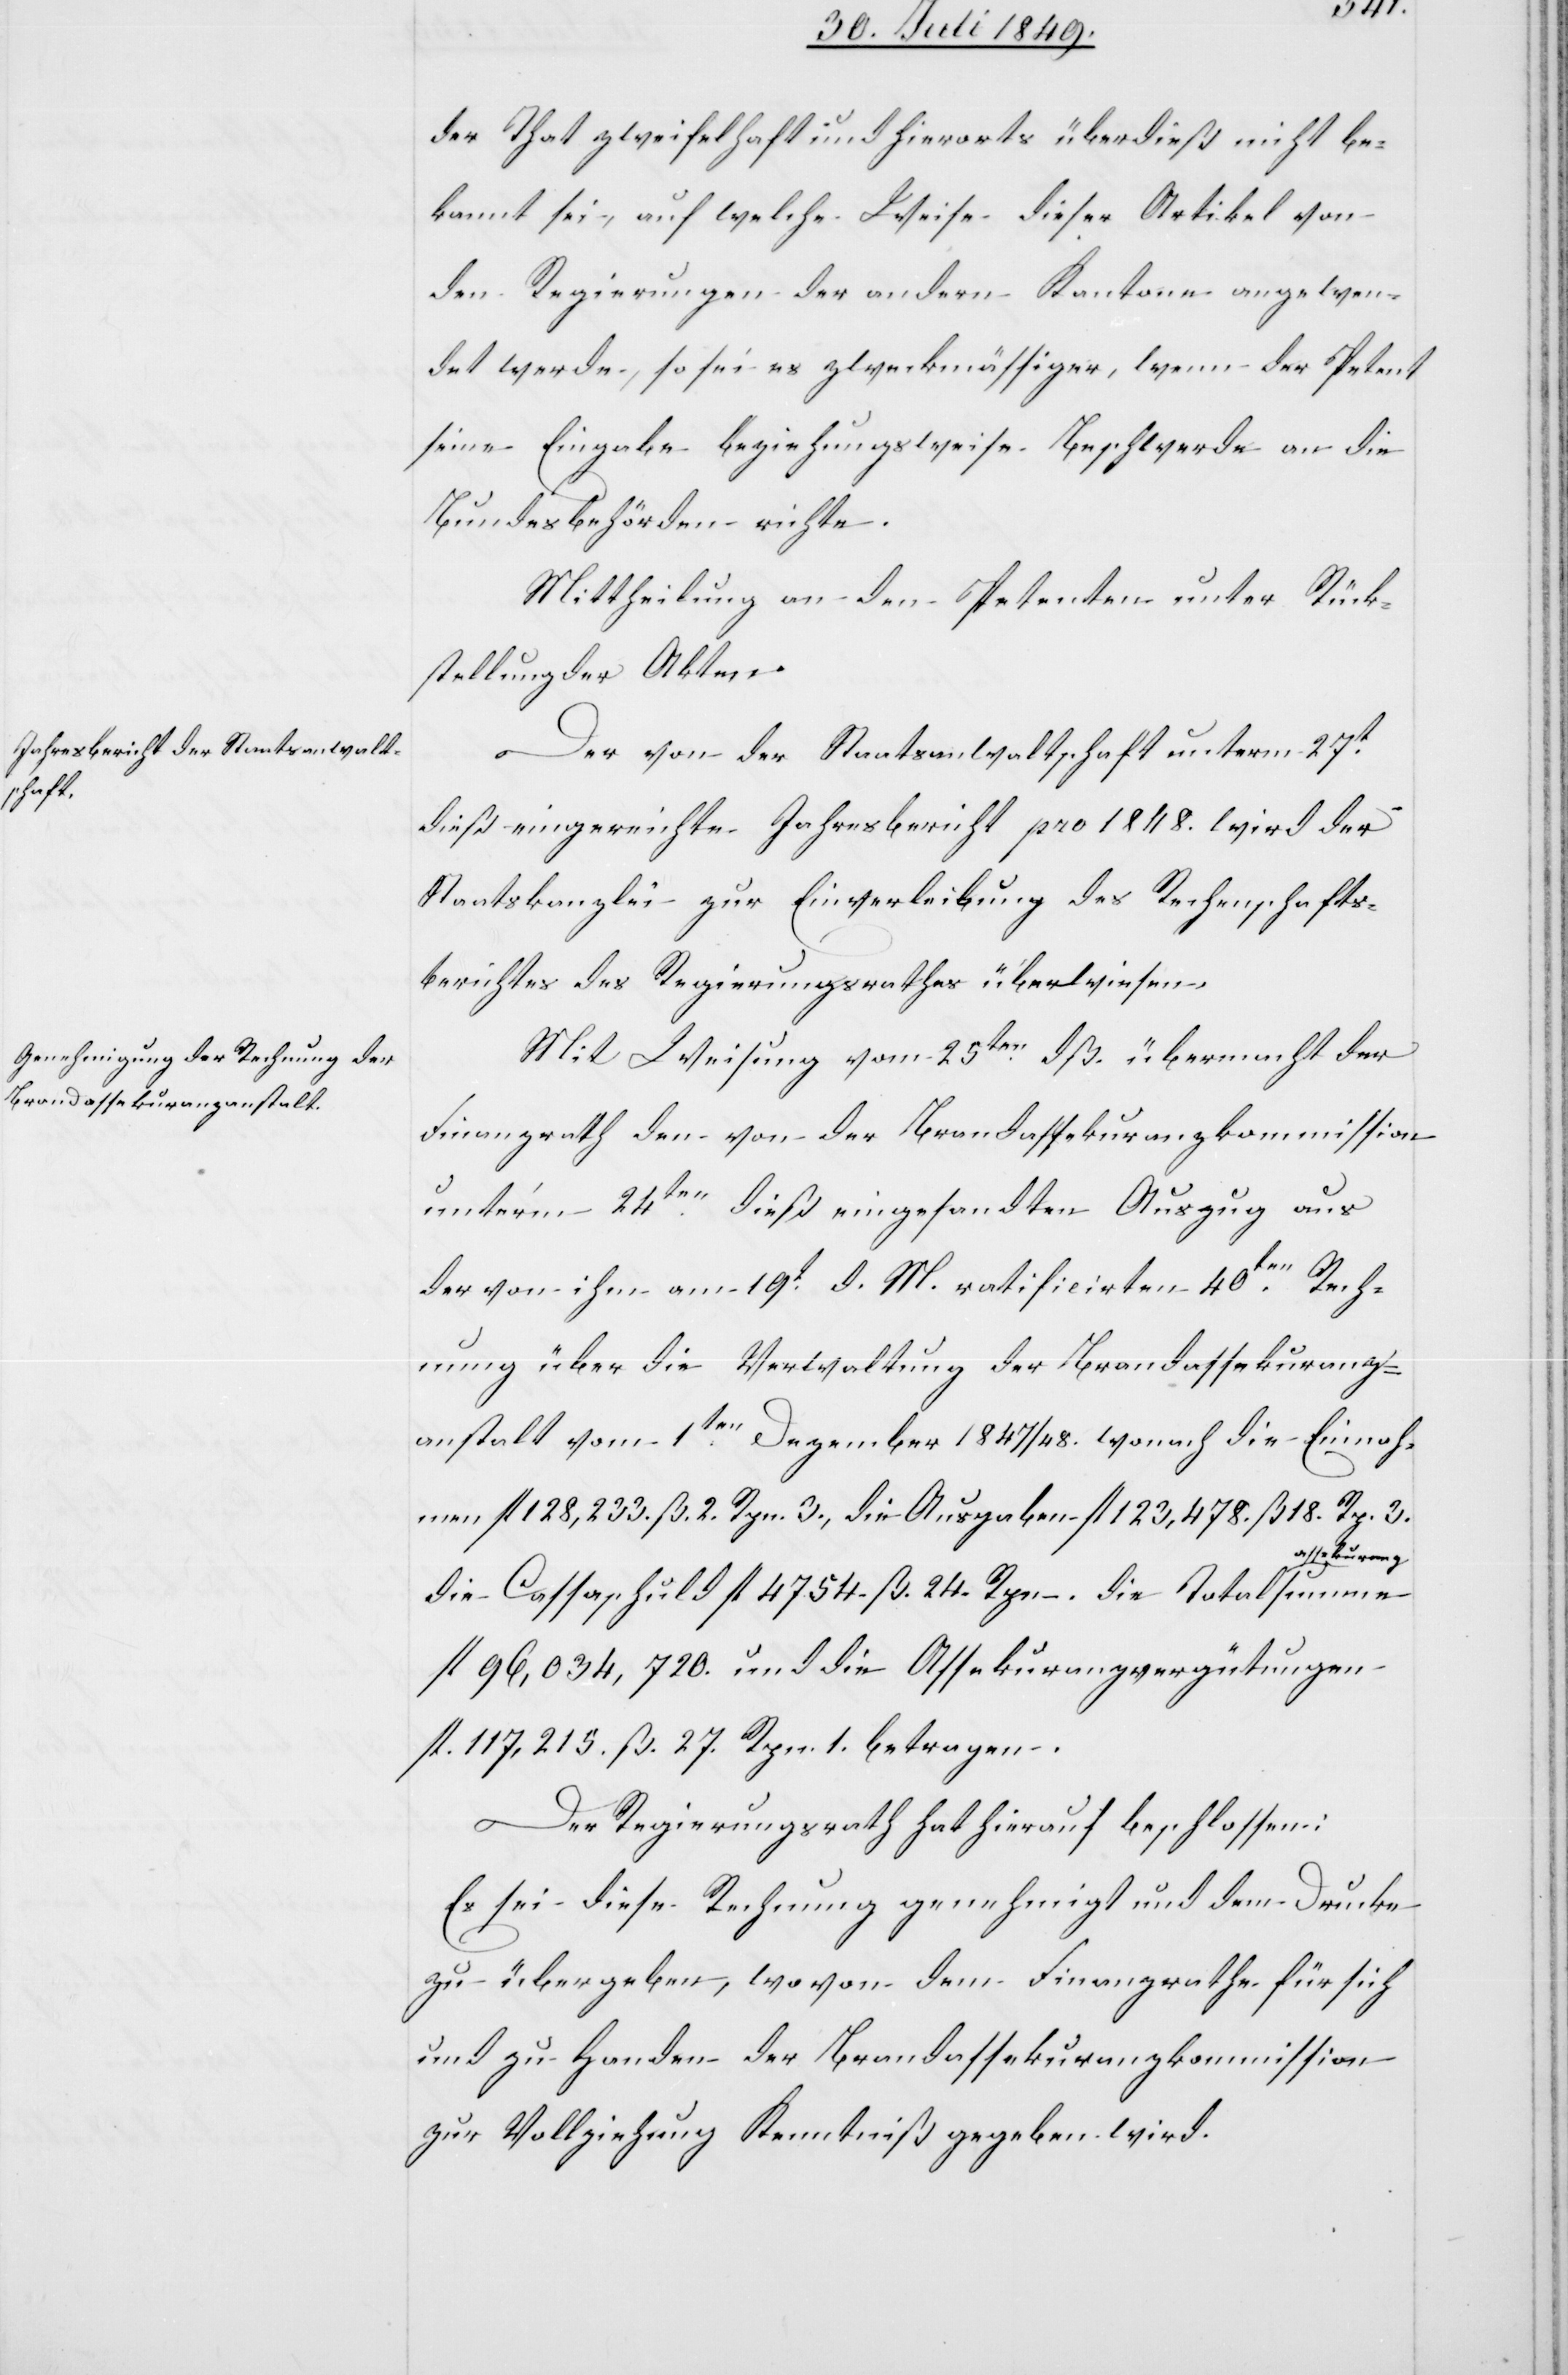
der That zweifelhaft und hierorts überdieß nicht be¬
kannt sei, auf welche Weise dieser Artikel von
den Regierungen der andern Kantone angewen¬
det werde, so sei es zweckmässiger, wenn der Petent
seine Eingabe beziehungsweise Beschwerde an die
Bundesbehörden richte.
Mittheilung an den Petenten unter Rück¬
stellung der Akten.
Der von der Staatsanwaltschaft unterm 27t
dieß eingereichte Jahresbericht pro 1848. wird der
Staatskanzlei zur Einverleibung des Rechenschafts¬
berichtes des Regierungsrathes überwiesen.
Mit Weisung vom 25ten dß. übermacht der
Finanzrath den von der Brandassekuranzkommission
unter’m 24ten dieß eingesandten Auszug aus
der von ihm am 19t d. M. ratificirten 40ten Rech¬
nung über die Verwaltung der Brandassekuranz¬
anstalt vom 1ten Dezember 1847/48. wonach die Einnah¬
men fl. 128,233. ß. 2. Rpn. 3., die Ausgaben fl. 123,478. ß 18. Rp. 3.
die Cassaschuld fl. 47. 54. ß. 24. Rpn. die Totalsumme
fl. 96,034,720. und die Assekuranzvergütungen
fl. 117,215. ß. 27. Rpn. 1. betragen.
Der Regierungsrath hat hierauf beschlossen:
Es sei diese Rechnung genehmigt und dem Drucke
zu übergeben, wovon dem Finanzrathe für sich
und zu Handen der Brandassekuranzkommission
zur Vollziehung Kenntniß gegeben wird.